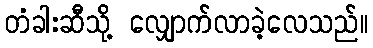
တံခါးဆီသို့ လျှောက်လာခဲ့လေသည်။